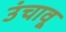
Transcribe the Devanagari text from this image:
उंचावू